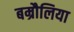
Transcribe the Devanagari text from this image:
बम्रौलिया